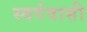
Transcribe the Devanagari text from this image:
स्‍वर्गवासी